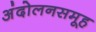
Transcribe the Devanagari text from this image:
अंदोलनसमूह